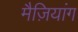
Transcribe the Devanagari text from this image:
मैज़ियांग